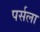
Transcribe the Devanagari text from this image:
पर्सला